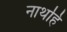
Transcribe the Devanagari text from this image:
नाथहि